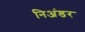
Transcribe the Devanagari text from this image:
निअंडर